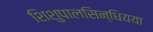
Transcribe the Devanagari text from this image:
शिशुपालसिन्धियया